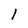
Character: 1